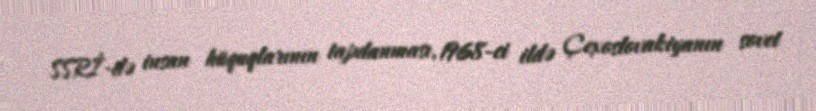
SSRİ-də insan hüquqlarının tapdanması, 1968-ci ildə Çexoslovakiyanın sovet